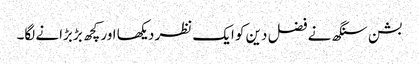
بشن سنگھ نے فضل دین کو ایک نظر دیکھا اور کچھ بڑبڑانے لگا۔